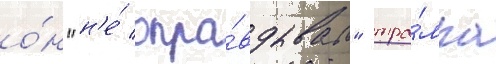
о́н "н'е́ опра́вдывал" тра́мпа